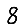
Digit: 8